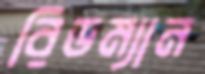
রিডম্যান